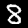
Digit: 8